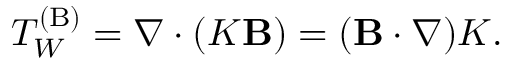
T _ { W } ^ { ( \mathrm { { B } } ) } = \nabla \cdot ( K { \bf { B } } ) = ( { \bf { B } } \cdot \nabla ) K .